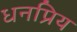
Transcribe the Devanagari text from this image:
धनप्रिय